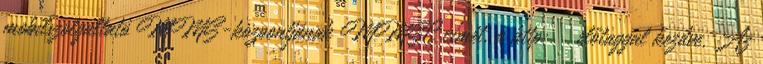
mobilszolgáltató MMS-központjának MMSC címét, a http: előtaggal kezdve. Az